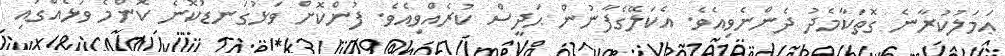
ޢަމަލުކުރާނެ ގޮތަކާމެދު ދެންނެވިއެވެ. އެކަލޭގެފާނުން ޙަދީސް ކުރެއްވިއެވެ. ފުންކޮށް ވަޅުގަނޑުކޮނެ ކޮންމެ ވަޅެއްގައި